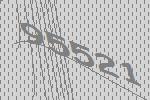
95521